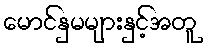
မောင်နှမများနှင့်အတူ